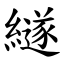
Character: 繸